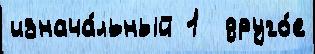
изнача́льный 1  друго́е